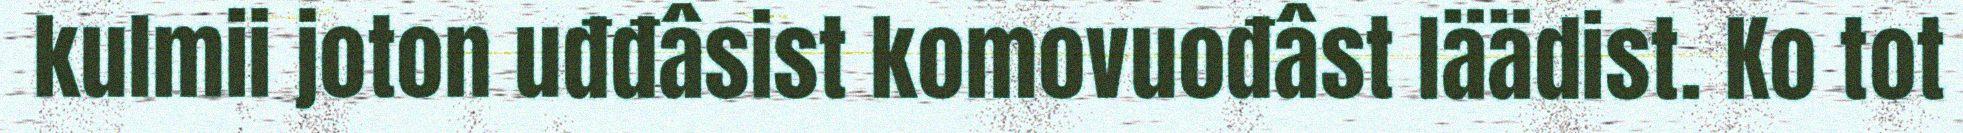
kulmii joton uđđâsist komovuođâst läädist. Ko tot